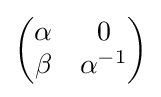
{\begin{pmatrix}\alpha &0\\\beta &\alpha ^{-1}\end{pmatrix}}